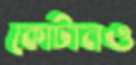
কোটানও